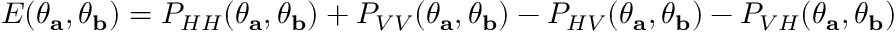
E ( \theta _ { \mathbf { a } } , \theta _ { \mathbf { b } } ) = P _ { H H } ( \theta _ { \mathbf { a } } , \theta _ { \mathbf { b } } ) + P _ { V V } ( \theta _ { \mathbf { a } } , \theta _ { \mathbf { b } } ) - P _ { H V } ( \theta _ { \mathbf { a } } , \theta _ { \mathbf { b } } ) - P _ { V H } ( \theta _ { \mathbf { a } } , \theta _ { \mathbf { b } } )